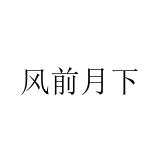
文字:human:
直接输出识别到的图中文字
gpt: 风前月下